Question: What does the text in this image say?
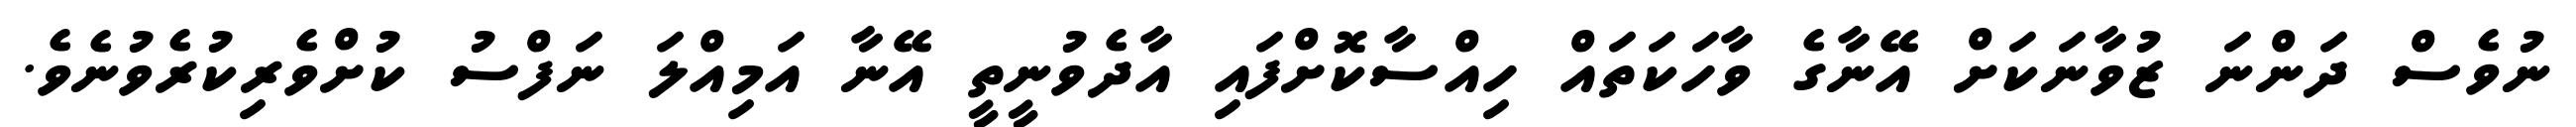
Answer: ނުވެސް ދަންނަ ޒުވާނަކަށް އޭނާގެ ވާހަކަތައް ހިއްސާކޮށްފައި އާދެވުނީތީ އޭނާ އަމިއްލަ ނަފްސު ކުށްވެރިކުރެވުނެވެ.